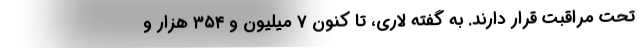
تحت مراقبت قرار دارند. به گفته لاری، تا کنون ۷ میلیون و ۳۵۴ هزار و